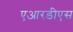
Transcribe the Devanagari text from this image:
एआरडीएस